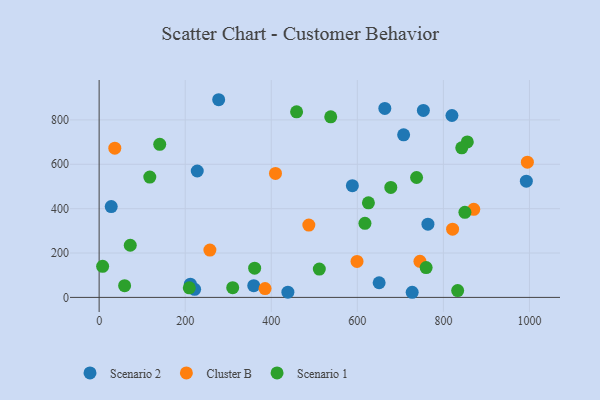
{"axis": {"x": "Distance", "y": "Salary"}, "legend": ["Cluster B", "Scenario 1", "Scenario 2"], "data": [{"x": "277.8", "y": 891.0, "type": "Scenario 2"}, {"x": "359.3", "y": 52.9, "type": "Scenario 2"}, {"x": "663.9", "y": 851.6, "type": "Scenario 2"}, {"x": "650.7", "y": 66.1, "type": "Scenario 2"}, {"x": "28.1", "y": 409.3, "type": "Scenario 2"}, {"x": "221.9", "y": 36.4, "type": "Scenario 2"}, {"x": "707.6", "y": 732.7, "type": "Scenario 2"}, {"x": "819.9", "y": 820.0, "type": "Scenario 2"}, {"x": "764.1", "y": 330.0, "type": "Scenario 2"}, {"x": "212.0", "y": 59.6, "type": "Scenario 2"}, {"x": "588.5", "y": 503.4, "type": "Scenario 2"}, {"x": "992.8", "y": 523.7, "type": "Scenario 2"}, {"x": "438.6", "y": 23.4, "type": "Scenario 2"}, {"x": "727.5", "y": 23.1, "type": "Scenario 2"}, {"x": "753.5", "y": 842.8, "type": "Scenario 2"}, {"x": "228.0", "y": 569.7, "type": "Scenario 2"}, {"x": "995.2", "y": 609.7, "type": "Cluster B"}, {"x": "257.4", "y": 213.4, "type": "Cluster B"}, {"x": "36.4", "y": 672.6, "type": "Cluster B"}, {"x": "409.8", "y": 558.9, "type": "Cluster B"}, {"x": "487.3", "y": 326.0, "type": "Cluster B"}, {"x": "870.6", "y": 397.2, "type": "Cluster B"}, {"x": "599.3", "y": 162.0, "type": "Cluster B"}, {"x": "821.4", "y": 307.6, "type": "Cluster B"}, {"x": "385.6", "y": 40.0, "type": "Cluster B"}, {"x": "745.5", "y": 162.6, "type": "Cluster B"}, {"x": "855.6", "y": 700.8, "type": "Scenario 1"}, {"x": "625.8", "y": 426.4, "type": "Scenario 1"}, {"x": "850.0", "y": 383.3, "type": "Scenario 1"}, {"x": "617.7", "y": 334.0, "type": "Scenario 1"}, {"x": "8.1", "y": 140.1, "type": "Scenario 1"}, {"x": "842.7", "y": 674.0, "type": "Scenario 1"}, {"x": "117.7", "y": 542.3, "type": "Scenario 1"}, {"x": "511.7", "y": 127.8, "type": "Scenario 1"}, {"x": "72.3", "y": 235.0, "type": "Scenario 1"}, {"x": "538.2", "y": 813.9, "type": "Scenario 1"}, {"x": "677.8", "y": 495.6, "type": "Scenario 1"}, {"x": "759.9", "y": 134.3, "type": "Scenario 1"}, {"x": "59.2", "y": 52.9, "type": "Scenario 1"}, {"x": "833.2", "y": 30.8, "type": "Scenario 1"}, {"x": "361.4", "y": 131.8, "type": "Scenario 1"}, {"x": "310.4", "y": 43.8, "type": "Scenario 1"}, {"x": "140.8", "y": 690.1, "type": "Scenario 1"}, {"x": "209.5", "y": 43.0, "type": "Scenario 1"}, {"x": "737.7", "y": 540.5, "type": "Scenario 1"}, {"x": "458.9", "y": 836.6, "type": "Scenario 1"}]}